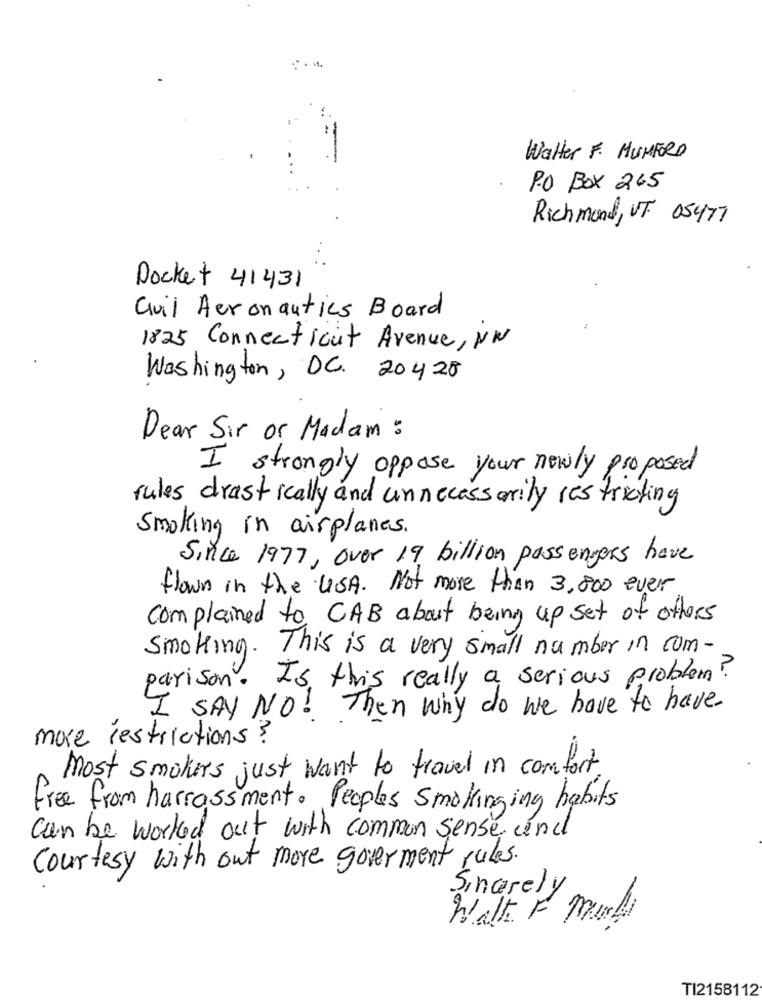
Walter F. MUMFORD
PO BOX 265
Richmond, UT. 05477
Docket 41431
Civil Aeronautics Board
1825 Connecticut Avenue, NN
Washington, DC. 20428
Dear Sir or Madam :
I strongly oppose your newly proposed
rules drastically and unnecessarily restricting
Smoking in airplanes.
Since 1977, over 19 billion passengers have
flown in the USA. Not more than 3,800 ever
complained to CAB about being up set of others
smoking. This is a very small number in com-
parison. Is this really a serious problem ?
I SAY NO! Then why do we have to have
more restrictions?
Most smokers just want to travel in comfort
free from harrassment. Peoples smokinging habits
can be worked out with common sense und
Courtesy with out more goverment rules.
Sincerely
Walk F Muli
TI2158112